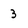
Character: 3